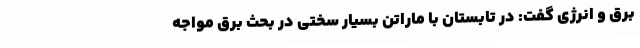
برق و انرژی گفت: در تابستان با ماراتن بسیار سختی در بحث برق مواجه